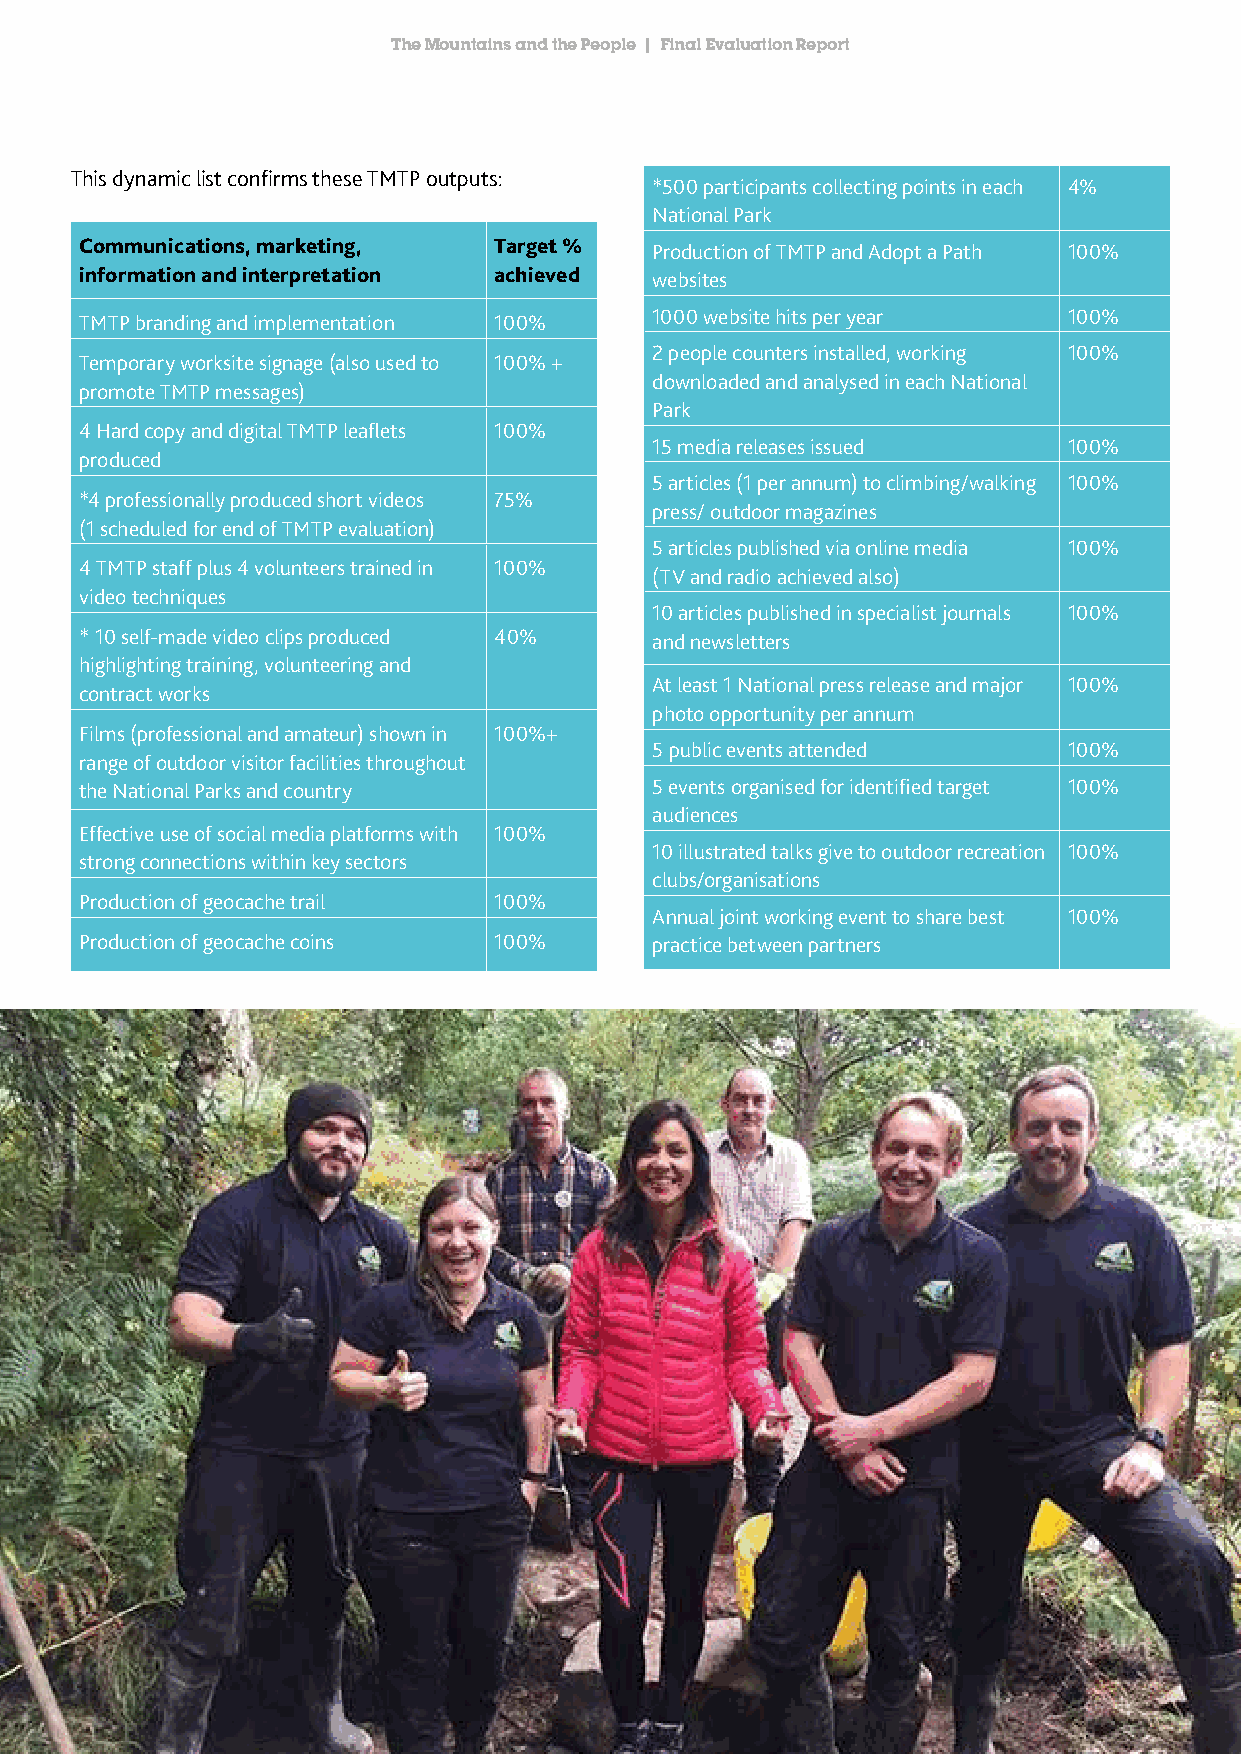
The Mountains and the People | Final Evaluation Report
 This dynamic list confirms these TMTP outputs:
 *500 participants collecting points in each 4%
 National Park
 Communications, marketing,  Target %  Production of TMTP and Adopt a Path 100%
 information and interpretation achieved websites
 1000 website hits per year  100%
 TMTP branding and implementation 100%
 2 people counters installed, working 100%
 Temporary worksite signage (also used to 100% +
 downloaded and analysed in each National
 promote TMTP messages)
 Park
 4 Hard copy and digital TMTP leaflets 100%
 15 media releases issued    100%
 produced
 5 articles (1 per annum) to climbing/walking 100%
 *4 professionally produced short videos 75%
 press/ outdoor magazines
 (1 scheduled for end of TMTP evaluation)
 5 articles published via online media 100%
 4 TMTP staff plus 4 volunteers trained in 100%
 (TV and radio achieved also)
 video techniques
 10 articles published in specialist journals 100%
 * 10 self-made video clips produced 40% and newsletters
 highlighting training, volunteering and
 At least 1 National press release and major 100%
 contract works
 photo opportunity per annum
 Films (professional and amateur) shown in 100%+
 5 public events attended    100%
 range of outdoor visitor facilities throughout
 the National Parks and country        5 events organised for identified target 100%
 audiences
 Effective use of social media platforms with 100%
 10 illustrated talks give to outdoor recreation 100%
 strong connections within key sectors
 clubs/organisations
 Production of geocache trail 100%
 Annual joint working event to share best 100%
 Production of geocache coins 100%     practice between partners
 18